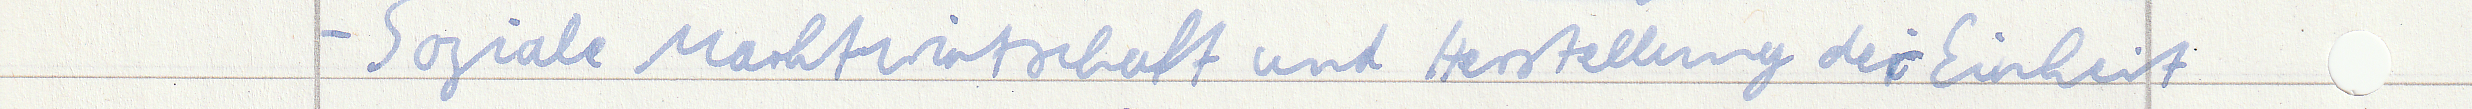
- Soziale Marktwirtschaft und Herstellung der Einheit